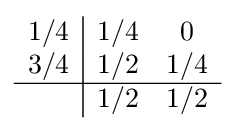
{\begin{array}{c|cc}1/4&1/4&0\\3/4&1/2&1/4\\\hline &1/2&1/2\\\end{array}}